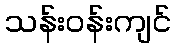
သန်းဝန်းကျင်